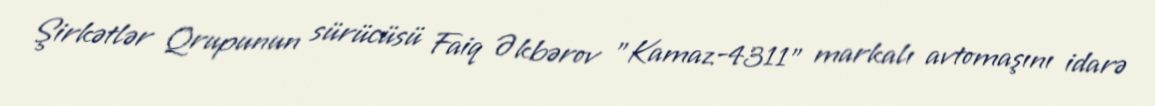
Şirkətlər Qrupunun sürücüsü Faiq Əkbərov "Kamaz-4311" markalı avtomaşını idarə